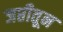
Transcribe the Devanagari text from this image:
जप्तीतून